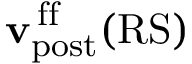
{ \mathbf { v } } _ { \mathrm { p o s t } } ^ { \mathrm { \, f f } } ( \mathrm { R S } )